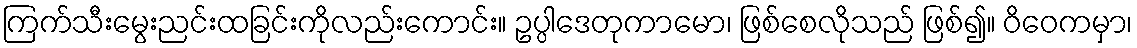
ကြက်သီးမွေးညင်းထခြင်းကိုလည်းကောင်း။ ဥပ္ပါဒေတုကာမော၊ ဖြစ်စေလိုသည် ဖြစ်၍။ ဝိဝေကမှာ၊